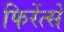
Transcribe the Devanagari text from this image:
फिरेंत्से